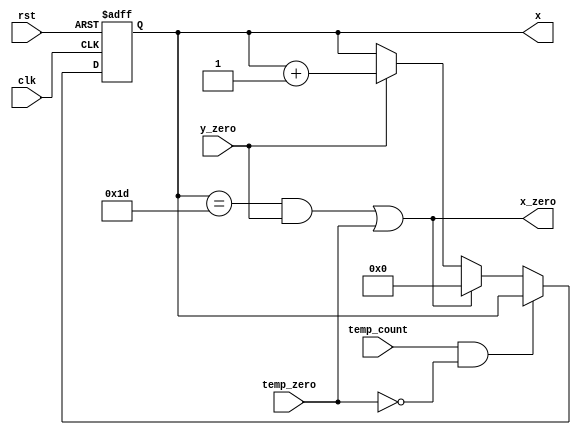
module x_counter_L4(x,x_zero,clk,rst,y_zero,temp_count,temp_zero);
output wire x_zero;
output reg [4:0] x;
input wire rst,clk,y_zero,temp_count,temp_zero;
always @ (posedge clk or negedge rst)
	begin
		if (!rst )
			x<=0;
		else if (temp_count && !temp_zero);
		else if ((x==5'b11101 &&y_zero)||temp_zero)	
			x<=0;
		else if (y_zero)
			x<=x+5'b1;
	end
assign x_zero=((x==5'b11101 &&y_zero)||temp_zero);	
endmodule